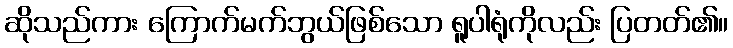
ဆိုသည်ကား ကြောက်မက်ဘွယ်ဖြစ်သော ရူပါရုံကိုလည်း ပြတတ်၏။